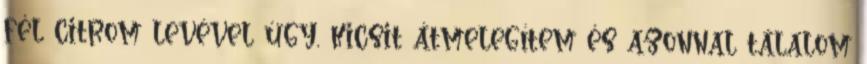
fél citrom levével úgy, kicsit átmelegítem és azonnal tálalom